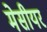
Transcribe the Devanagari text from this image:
मेसीयर